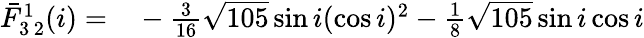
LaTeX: \begin{array}{rl}{\bar{F}_{3\, 2}^{1}(i)=}&{{}-\frac{3}{16}\sqrt{105}\sin i(\cos i)^{2}-\frac{1}{8}\sqrt{105}\sin i\cos i}\end{array}